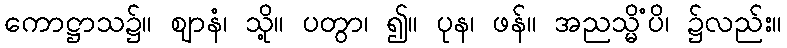
ကောဋ္ဌာသ၌။ ဈာနံ၊ သို့။ ပတွာ၊ ၍။ ပုန၊ ဖန်။ အညသ္မိံပိ၊ ၌လည်း။